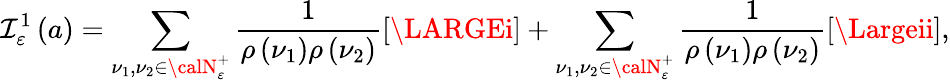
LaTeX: \mathcal{I}_{\varepsilon}^{1}\left(a\right)=\sum_{\nu_{1},\nu_{2}\in{\calN}_{\varepsilon}^{+}}\frac{{1}}{{\rho\left(\nu_{1}\right)\rho\left(\nu_{2}\right)}}\left[{\LARGEi}\right]+\sum_{\nu_{1},\nu_{2}\in{\calN}_{\varepsilon}^{+}}\frac{{1}}{{\rho\left(\nu_{1}\right)\rho\left(\nu_{2}\right)}}\left[{\Largeii}\right],